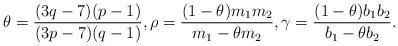
LaTeX: \begin{align*}\theta=\frac{(3q-7)(p-1)}{(3p-7)(q-1)}, \rho=\frac{(1-\theta) m_1 m_2}{m_1-\theta m_2}, \gamma=\frac{(1-\theta) b_1 b_2}{b_1-\theta b_2}. \end{align*}